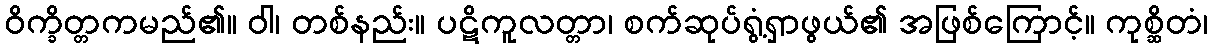
ဝိက္ခိတ္တကမည်၏။ ဝါ၊ တစ်နည်း။ ပဋိကူလတ္တာ၊ စက်ဆုပ်ရွံ့ရှာဖွယ်၏ အဖြစ်ကြောင့်။ ကုစ္ဆိတံ၊